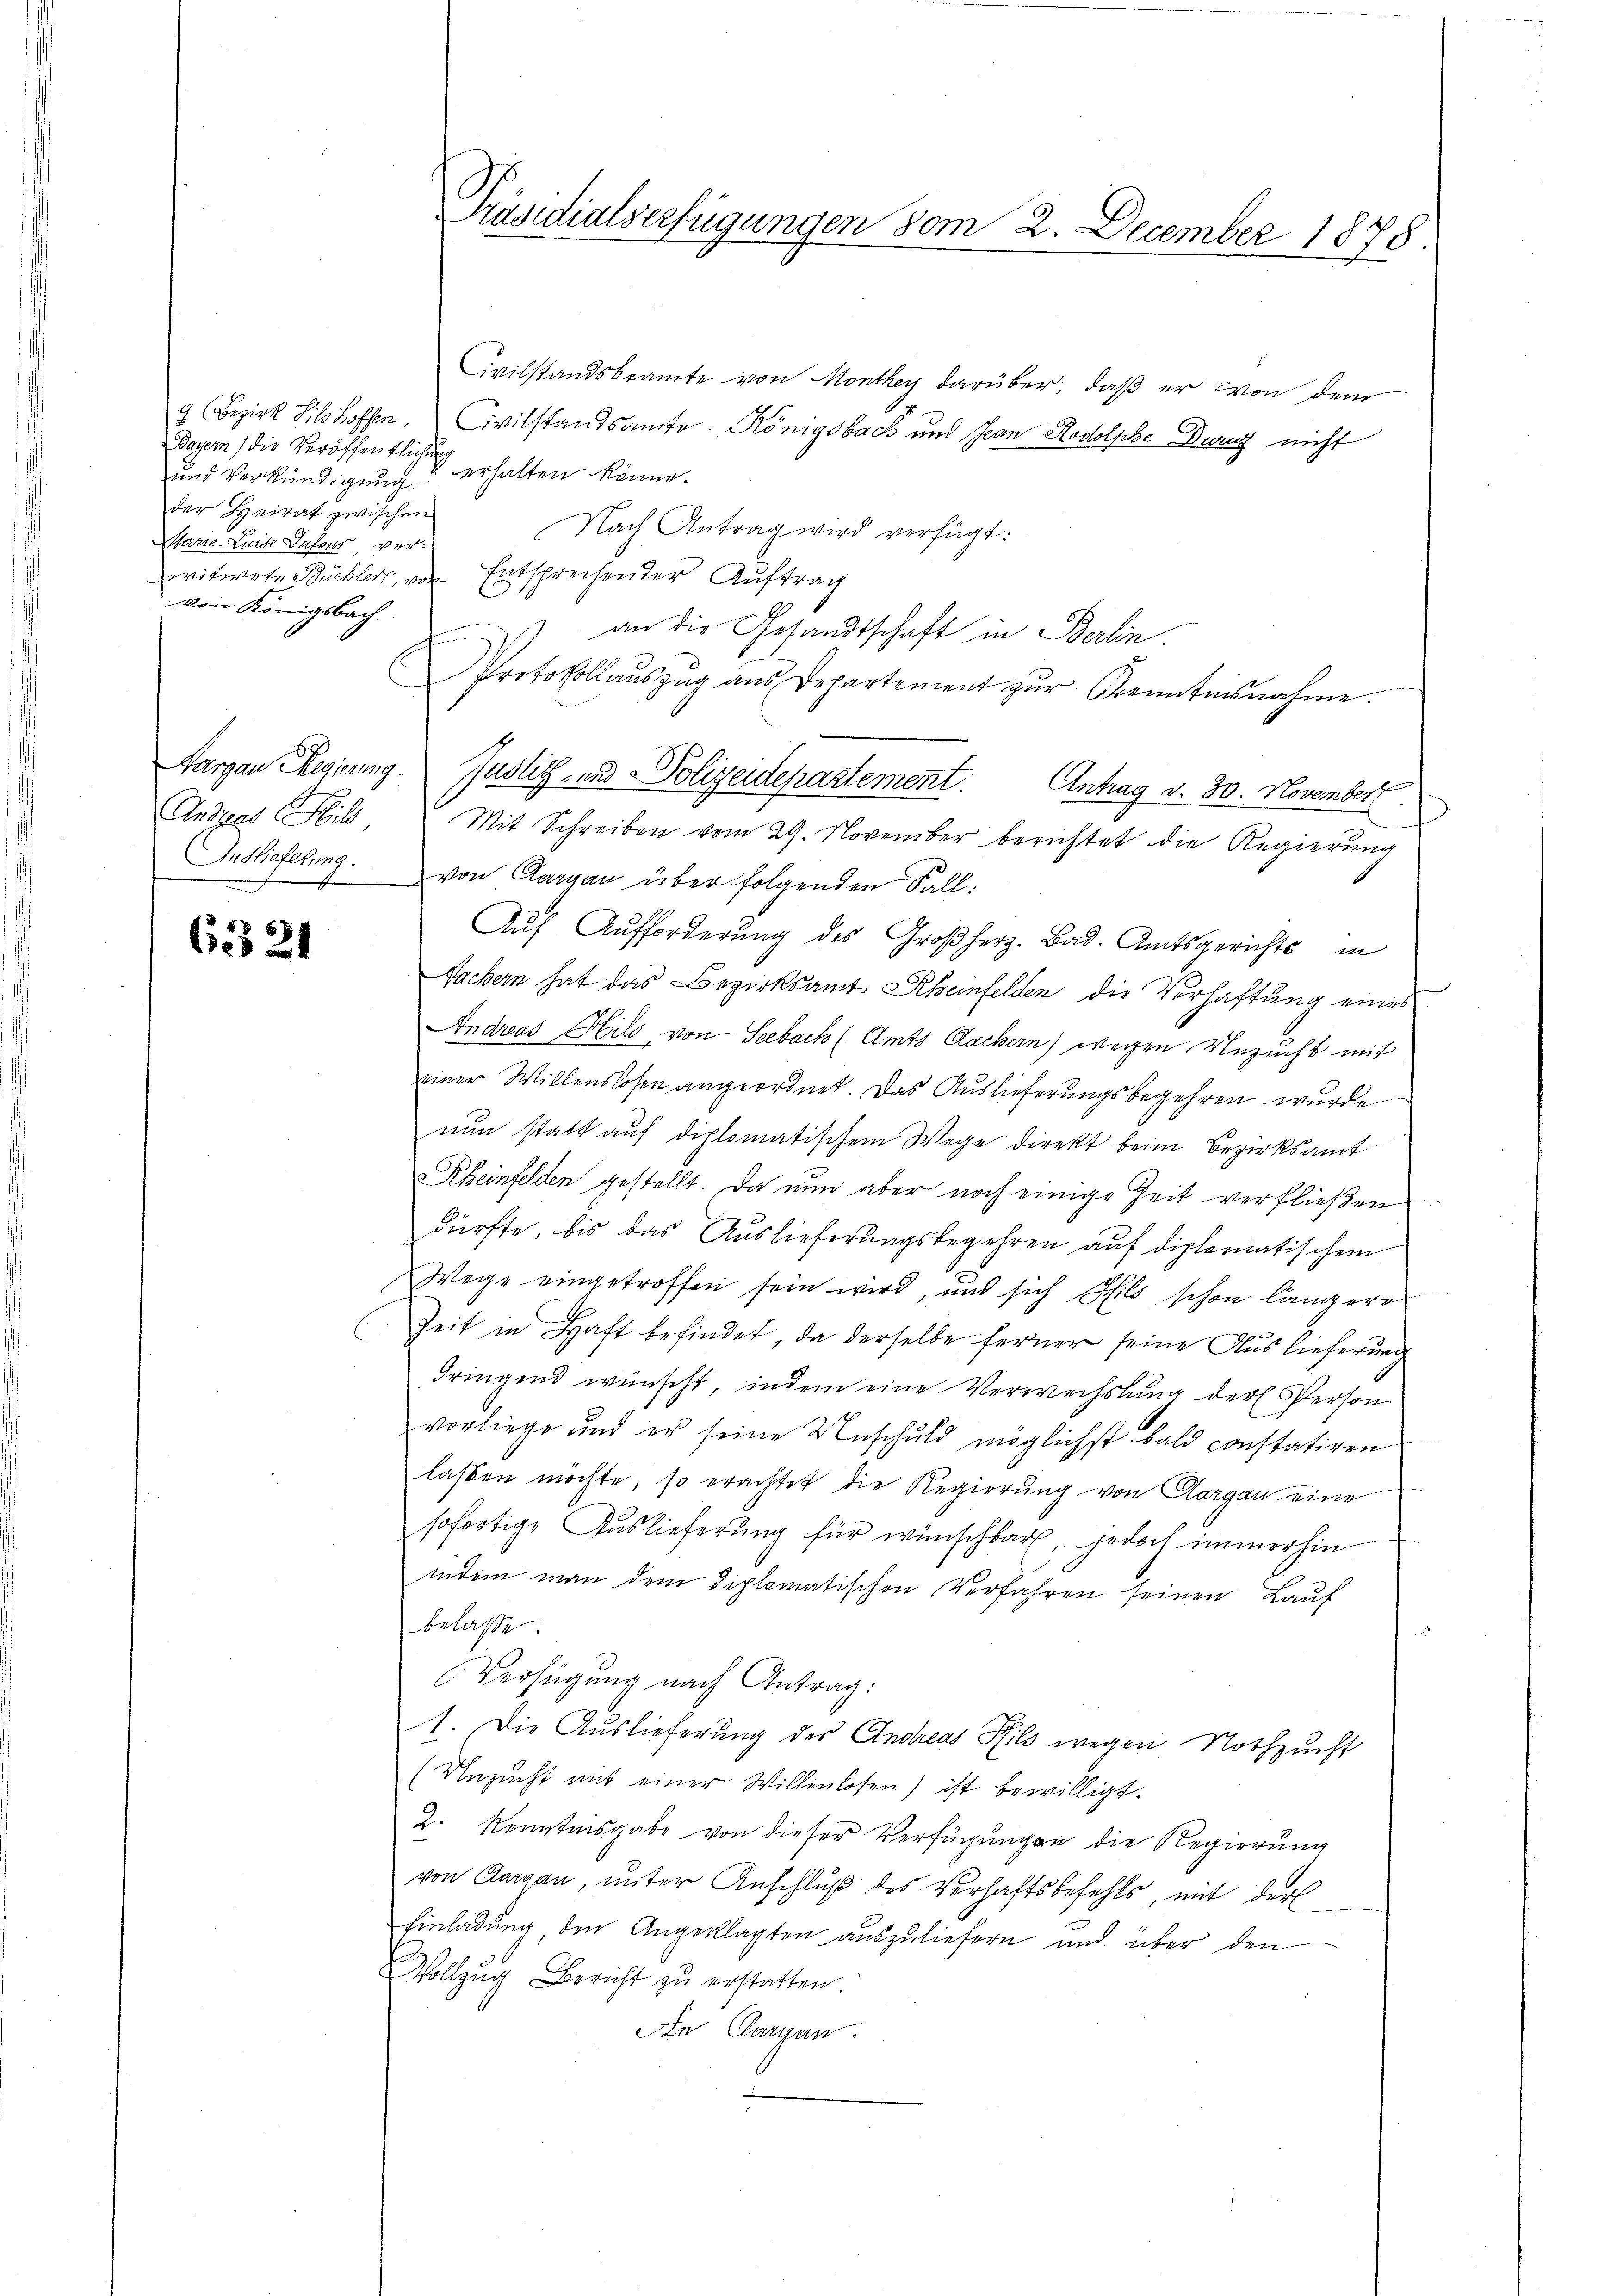
Dasern (die Veröffentlichung
und Verkündigung.
der Heirat zwischen
Marie-Luide Infour vervon Königsbach.

6321

Civilstandsbeamte von Monthey darüber, daß er von dem
9 Bezirk Silshoffen. Civilstandsamte. Königsbach und Jean Rodolphe Durst nicht
 erhalten könne.
Nach Antrag wird verfügt:
witwete Büchler, von Entsprechender Auftrag
) an die Gesandtschaft in Berlin.
Protokollaŭszŭg aŭs Departement zŭr Kenntnisnahme.
Aargau Regierung. Justiz- und Polizeidepartement. Antrag v. 30. November
Andreas Hil Mit Schreiben vom 29. November berichtet die Regierŭng
In Hieferung von Aargau über folgenden Fall:
Auf Aufforderung des Großherz. Bad. Amtsgerichts in
Sachern hat das Bezirksamt Rheinfelden die Verhaftung eines
Andreas Hils von Seebach (Amts Backern) wegen Unzucht mit
einer Willenslosen angeordnet. Das Auslieferungsbegehren wurde
nun statt auf diplomatischem Wege direkt beim Bezirksamt
v Rheinfelden gestellt. Da nun aber noch einige Zeit verfließen
dürfte, bis das Auslieferungsbegehren auf diplomatischem
Wege eingetroffen sein wird, und sich Schils schon längere
Zeit in Haft befindet, da derselbe ferner seine Auslieferung
dringend wünscht, indem eine Verwechslung der Person
vorliege und er seine Unschuld möglichst bald constatiren
lassen möchte, so erachtet die Regierung von Aargau eine
sofortige Auslieferung für wünschbar, jedoch immerhin
indem man dem diplomatischen Verfahren seinen Lauf
belasse.
Verfügung nach Antrag:
1. Die Auslieferung des Andreas Hils wegen Nothzucht
(Unzucht mit einer Willenlosen) ist bewilligt.
2. Kenntnisgabe von dieser Verfügungen die Regierung
von Aargau, unter Anschluß des Verhaftsbefehls, mit der
Einladung den Angeklagten auszuliefern und über den
Vollzug Bericht zŭ erstatten.
An Clargau.

Präsidialverfügungen vom 2. December 1878.